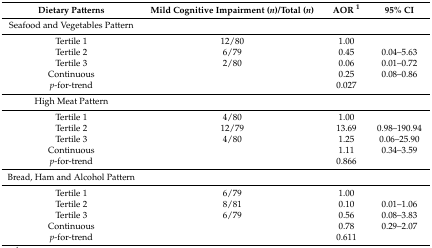
<table><thead><tr><td><b>Dietary Patterns</b></td><td><b>Mild Cognitive Impairment (<i>n</i>)/Total (<i>n</i>)</b></td><td><b>AOR <sup>1</sup></b></td><td><b>95% CI</b></td></tr></thead><tbody><tr><td>Seafood and Vegetables Pattern</td><td></td><td></td><td></td></tr><tr><td>Tertile 1</td><td>12/80</td><td>1.00</td><td></td></tr><tr><td>Tertile 2</td><td>6/79</td><td>0.45</td><td>0.04–5.63</td></tr><tr><td>Tertile 3</td><td>2/80</td><td>0.06</td><td>0.01–0.72</td></tr><tr><td>Continuous</td><td></td><td>0.25</td><td>0.08–0.86</td></tr><tr><td><i>p</i>-for-trend</td><td></td><td>0.027</td><td></td></tr><tr><td>High Meat Pattern</td><td></td><td></td><td></td></tr><tr><td>Tertile 1</td><td>4/80</td><td>1.00</td><td></td></tr><tr><td>Tertile 2</td><td>12/79</td><td>13.69</td><td>0.98–190.94</td></tr><tr><td>Tertile 3</td><td>4/80</td><td>1.25</td><td>0.06–25.90</td></tr><tr><td>Continuous</td><td></td><td>1.11</td><td>0.34–3.59</td></tr><tr><td><i>p</i>-for-trend</td><td></td><td>0.866</td><td></td></tr><tr><td>Bread, Ham and Alcohol Pattern</td><td></td><td></td><td></td></tr><tr><td>Tertile 1</td><td>6/79</td><td>1.00</td><td></td></tr><tr><td>Tertile 2</td><td>8/81</td><td>0.10</td><td>0.01–1.06</td></tr><tr><td>Tertile 3</td><td>6/79</td><td>0.56</td><td>0.08–3.83</td></tr><tr><td>Continuous</td><td></td><td>0.78</td><td>0.29–2.07</td></tr><tr><td><i>p</i>-for-trend</td><td></td><td>0.611</td><td></td></tr></tbody></table>